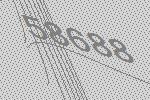
58688